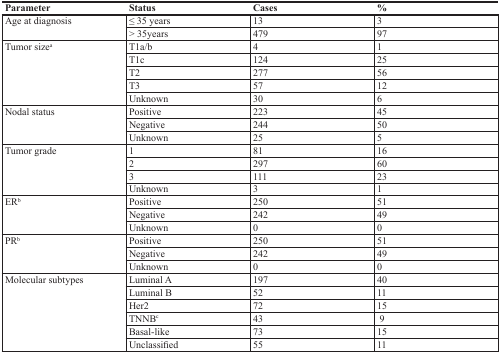
<table><thead><tr><td><b>Parameter</b></td><td><b>Status</b></td><td><b>Cases</b></td><td><b>%</b></td></tr></thead><tbody><tr><td rowspan="2">Age at diagnosis</td><td>≤ 35 years</td><td>13</td><td>3</td></tr><tr><td>&gt; 35years</td><td>479</td><td>97</td></tr><tr><td rowspan="5">Tumor size<sup>a</sup></td><td>T1a/b</td><td>4</td><td>1</td></tr><tr><td>T1c</td><td>124</td><td>25</td></tr><tr><td>T2</td><td>277</td><td>56</td></tr><tr><td>T3</td><td>57</td><td>12</td></tr><tr><td>Unknown</td><td>30</td><td>6</td></tr><tr><td rowspan="3">Nodal status</td><td>Positive</td><td>223</td><td>45</td></tr><tr><td>Negative</td><td>244</td><td>50</td></tr><tr><td>Unknown</td><td>25</td><td>5</td></tr><tr><td rowspan="4">Tumor grade</td><td>1</td><td>81</td><td>16</td></tr><tr><td>2</td><td>297</td><td>60</td></tr><tr><td>3</td><td>111</td><td>23</td></tr><tr><td>Unknown</td><td>3</td><td>1</td></tr><tr><td rowspan="3">ER<sup>b</sup></td><td>Positive</td><td>250</td><td>51</td></tr><tr><td>Negative</td><td>242</td><td>49</td></tr><tr><td>Unknown</td><td>0</td><td>0</td></tr><tr><td rowspan="3">PR<sup>b</sup></td><td>Positive</td><td>250</td><td>51</td></tr><tr><td>Negative</td><td>242</td><td>49</td></tr><tr><td>Unknown</td><td>0</td><td>0</td></tr><tr><td rowspan="6">Molecular subtypes</td><td>Luminal A</td><td>197</td><td>40</td></tr><tr><td>Luminal B</td><td>52</td><td>11</td></tr><tr><td>Her2</td><td>72</td><td>15</td></tr><tr><td>TNNB<sup>c</sup></td><td>43</td><td>9</td></tr><tr><td>Basal-like</td><td>73</td><td>15</td></tr><tr><td>Unclassified</td><td>55</td><td>11</td></tr></tbody></table>